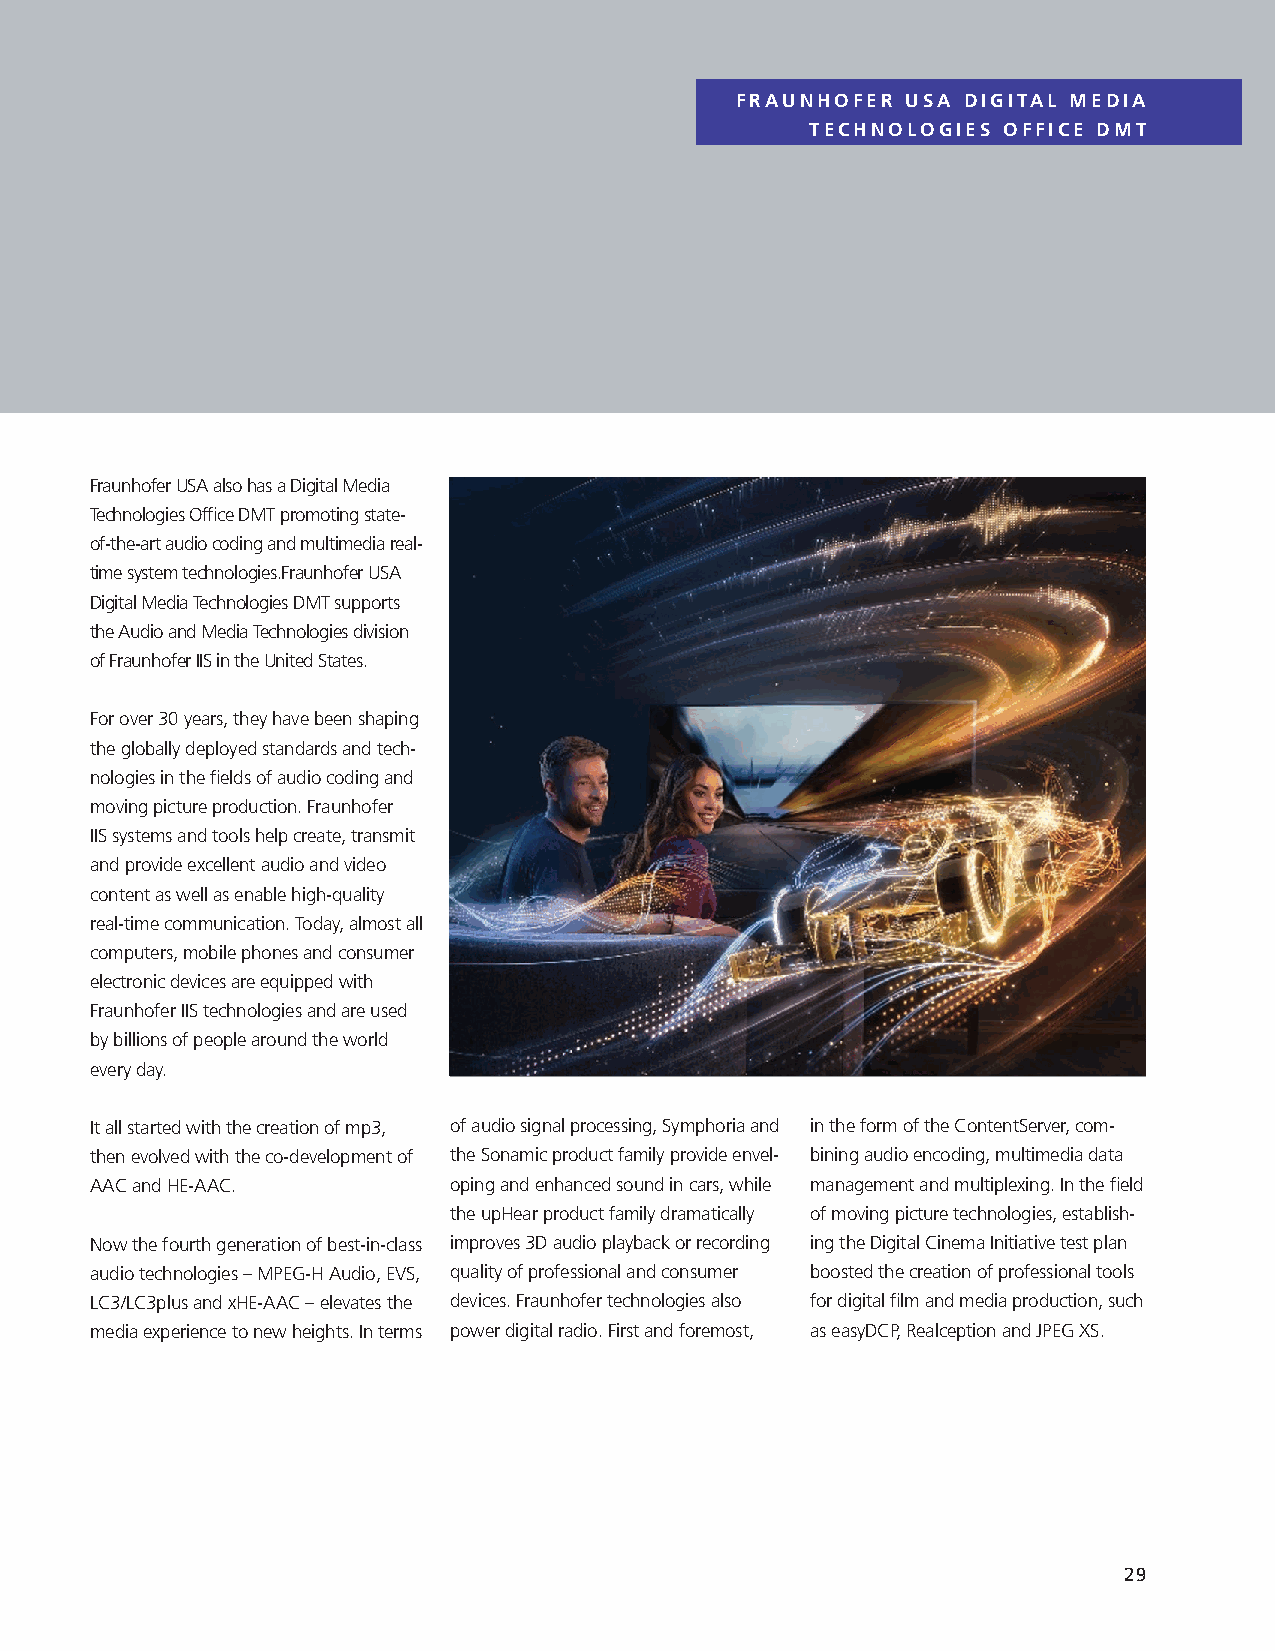
FRAUNHOFER USA DIGITAL MEDIA
 TECHNOLOGIES OFFICE DMT
 Fraunhofer USA also has a Digital Media
 Technologies Office DMT promoting state-
 of-the-art audio coding and multimedia real-
 time system technologies.Fraunhofer USA
 Digital Media Technologies DMT supports
 the Audio and Media Technologies division
 of Fraunhofer IIS in the United States.
 For over 30 years, they have been shaping
 the globally deployed standards and tech-
 nologies in the fields of audio coding and
 moving picture production. Fraunhofer
 IIS systems and tools help create, transmit
 and provide excellent audio and video
 content as well as enable high-quality
 real-time communication. Today, almost all
 computers, mobile phones and consumer
 electronic devices are equipped with
 Fraunhofer IIS technologies and are used
 by billions of people around the world
 every day.
 It all started with the creation of mp3, of audio signal processing, Symphoria and in the form of the ContentServer, com-
 then evolved with the co-development of the Sonamic product family provide envel- bining audio encoding, multimedia data
 AAC and HE-AAC.         oping and enhanced sound in cars, while management and multiplexing. In the field
 the upHear product family dramatically of moving picture technologies, establish-
 Now the fourth generation of best-in-class improves 3D audio playback or recording ing the Digital Cinema Initiative test plan
 audio technologies – MPEG-H Audio, EVS, quality of professional and consumer boosted the creation of professional tools
 LC3/LC3plus and xHE-AAC – elevates the devices. Fraunhofer technologies also for digital film and media production, such
 media experience to new heights. In terms power digital radio. First and foremost, as easyDCP, Realception and JPEG XS.
 29